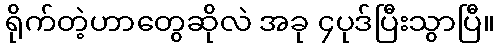
ရိုက်တဲ့ဟာတွေဆိုလဲ အခု ၄ပုဒ်ပြီးသွာပြီ။